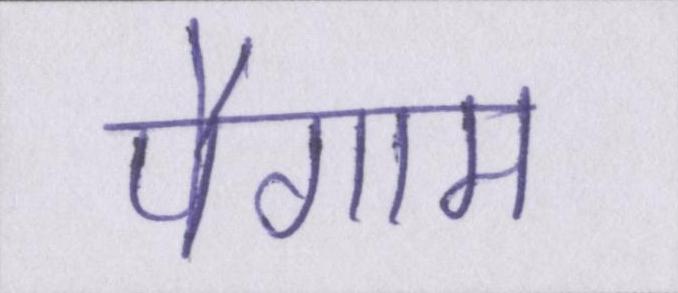
पैगाम